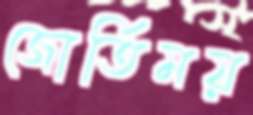
জোর্তিময়